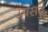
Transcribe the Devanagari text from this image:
उपसद्